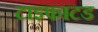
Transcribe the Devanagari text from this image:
टाइफाटड